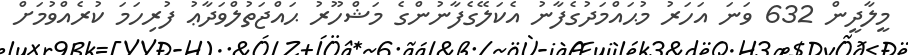
މީލާދީން 632 ވަނަ އަހަރު މުޙައްމަދުގެފާނު އެކަލޭގެފާނުންގެ މަޝްހޫރު ޙައްޖަތުލްވަދާޢު ފުރިހަމަ ކުރެއްވުމަށް